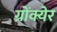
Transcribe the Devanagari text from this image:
ग्रोंक्येर